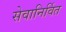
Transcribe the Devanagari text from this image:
सेवानिर्वित